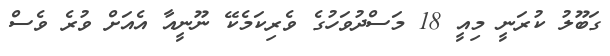
ގަބޫލު ކުރަނީ މިއީ 18 މަސްދުވަހުގެ ވެރިކަމެކޭ ނޫނީއާ އެއަށް ވުރެ ވެސް